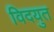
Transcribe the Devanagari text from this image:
विदयुत